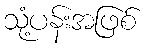
သုံ့ပန်းအဖြစ်